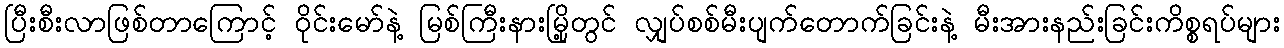
ပြီးစီးလာဖြစ်တာကြောင့် ဝိုင်းမော်နဲ့ မြစ်ကြီးနားမြို့တွင် လျှပ်စစ်မီးပျက်တောက်ခြင်းနဲ့ မီးအားနည်းခြင်းကိစ္စရပ်များ